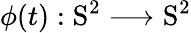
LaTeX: \phi(t):\mathrm{S}^{2}\longrightarrow\mathrm{S}^{2}